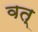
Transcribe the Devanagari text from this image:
वत्